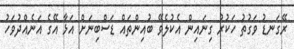
ރޭގަނޑު ވަގުތު ހަކުރު ގިނައިން އެކުލެވޭ ބުއިންތައް ޑަސްބިނަށް އަޅާ އޭގެ އަނެއްދުވަހު